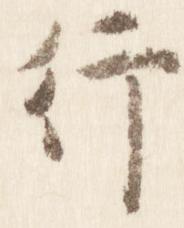
行